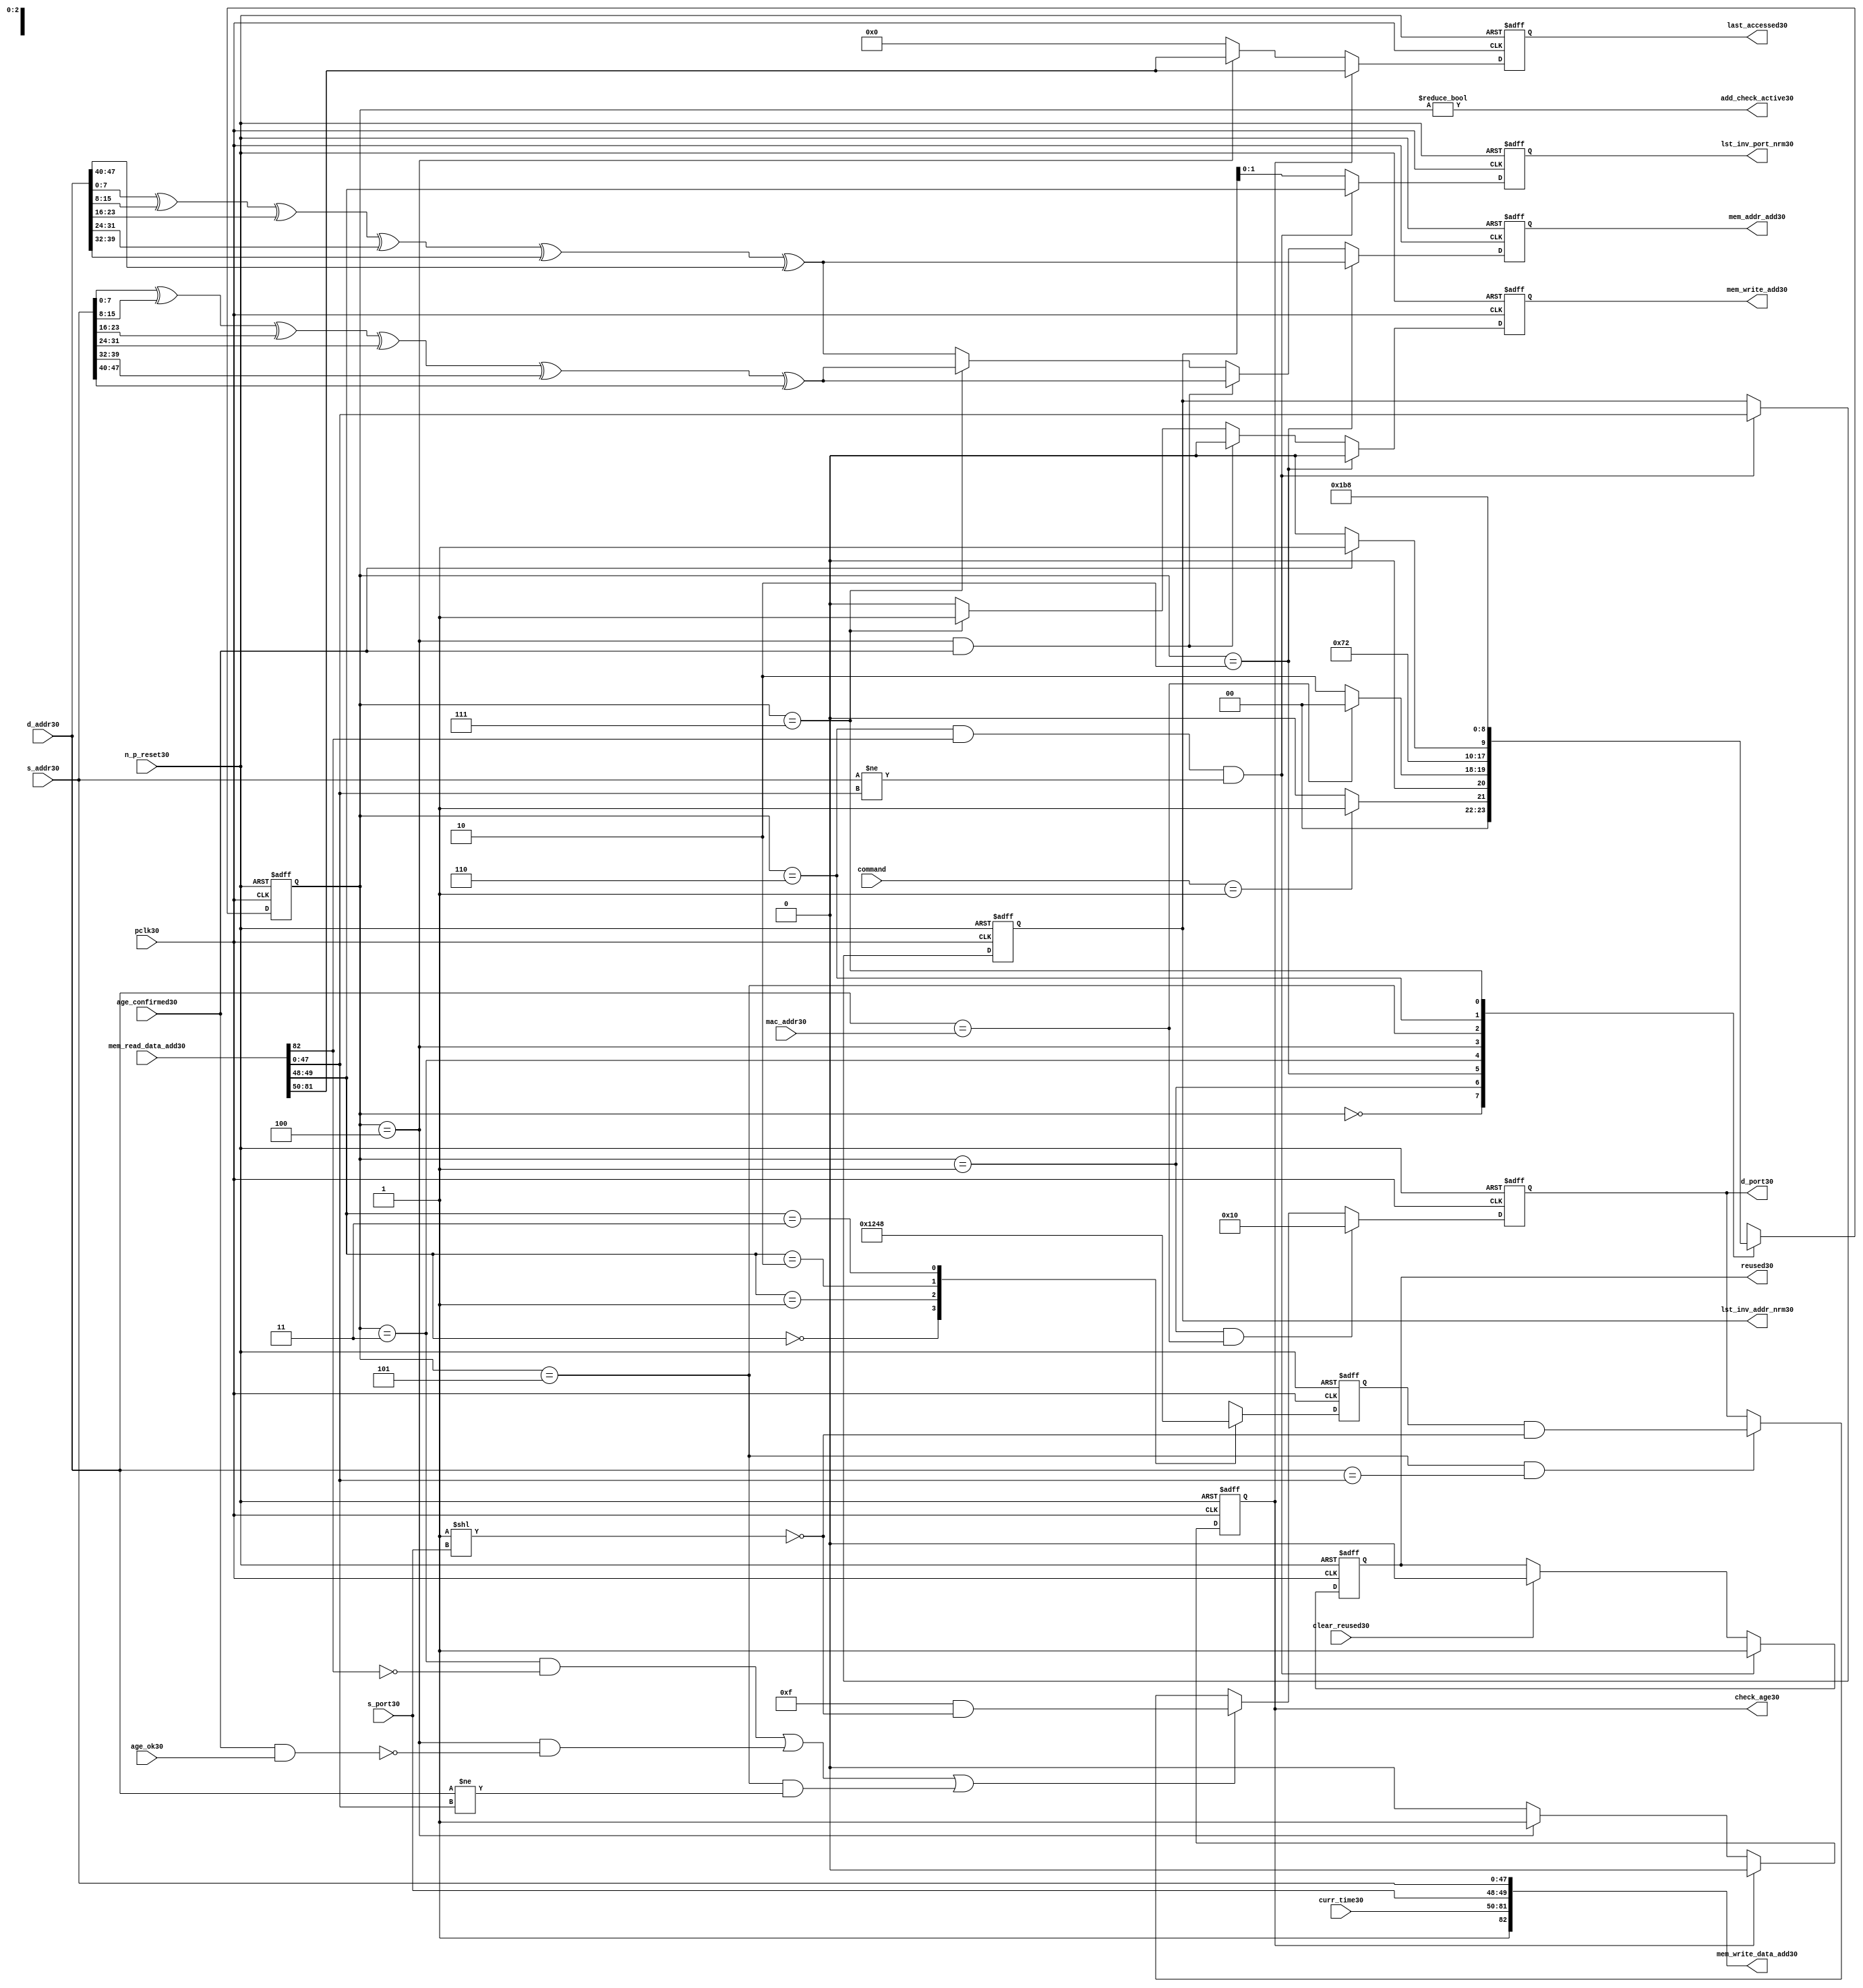
module alut_addr_checker30
(   
   // Inputs30
   pclk30,
   n_p_reset30,
   command,
   mac_addr30,
   d_addr30,
   s_addr30,
   s_port30,
   curr_time30,
   mem_read_data_add30,
   age_confirmed30,
   age_ok30,
   clear_reused30,

   //outputs30
   d_port30,
   add_check_active30,
   mem_addr_add30,
   mem_write_add30,
   mem_write_data_add30,
   lst_inv_addr_nrm30,
   lst_inv_port_nrm30,
   check_age30,
   last_accessed30,
   reused30
);



   input               pclk30;               // APB30 clock30                           
   input               n_p_reset30;          // Reset30                               
   input [1:0]         command;            // command bus                        
   input [47:0]        mac_addr30;           // address of the switch30              
   input [47:0]        d_addr30;             // address of frame30 to be checked30     
   input [47:0]        s_addr30;             // address of frame30 to be stored30      
   input [1:0]         s_port30;             // source30 port of current frame30       
   input [31:0]        curr_time30;          // current time,for storing30 in mem    
   input [82:0]        mem_read_data_add30;  // read data from mem                 
   input               age_confirmed30;      // valid flag30 from age30 checker        
   input               age_ok30;             // result from age30 checker 
   input               clear_reused30;       // read/clear flag30 for reused30 signal30           

   output [4:0]        d_port30;             // calculated30 destination30 port for tx30 
   output              add_check_active30;   // bit 0 of status register           
   output [7:0]        mem_addr_add30;       // hash30 address for R/W30 to memory     
   output              mem_write_add30;      // R/W30 flag30 (write = high30)            
   output [82:0]       mem_write_data_add30; // write data for memory             
   output [47:0]       lst_inv_addr_nrm30;   // last invalidated30 addr normal30 op    
   output [1:0]        lst_inv_port_nrm30;   // last invalidated30 port normal30 op    
   output              check_age30;          // request flag30 for age30 check
   output [31:0]       last_accessed30;      // time field sent30 for age30 check
   output              reused30;             // indicates30 ALUT30 location30 overwritten30

   reg   [2:0]         add_chk_state30;      // current address checker state
   reg   [2:0]         nxt_add_chk_state30;  // current address checker state
   reg   [4:0]         d_port30;             // calculated30 destination30 port for tx30 
   reg   [3:0]         port_mem30;           // bitwise30 conversion30 of 2bit port
   reg   [7:0]         mem_addr_add30;       // hash30 address for R/W30 to memory
   reg                 mem_write_add30;      // R/W30 flag30 (write = high30)            
   reg                 reused30;             // indicates30 ALUT30 location30 overwritten30
   reg   [47:0]        lst_inv_addr_nrm30;   // last invalidated30 addr normal30 op    
   reg   [1:0]         lst_inv_port_nrm30;   // last invalidated30 port normal30 op    
   reg                 check_age30;          // request flag30 for age30 checker
   reg   [31:0]        last_accessed30;      // time field sent30 for age30 check


   wire   [7:0]        s_addr_hash30;        // hash30 of address for storing30
   wire   [7:0]        d_addr_hash30;        // hash30 of address for checking
   wire   [82:0]       mem_write_data_add30; // write data for memory  
   wire                add_check_active30;   // bit 0 of status register           


// Parameters30 for Address Checking30 FSM30 states30
   parameter idle30           = 3'b000;
   parameter mac_addr_chk30   = 3'b001;
   parameter read_dest_add30  = 3'b010;
   parameter valid_chk30      = 3'b011;
   parameter age_chk30        = 3'b100;
   parameter addr_chk30       = 3'b101;
   parameter read_src_add30   = 3'b110;
   parameter write_src30      = 3'b111;


// -----------------------------------------------------------------------------
//   Hash30 conversion30 of source30 and destination30 addresses30
// -----------------------------------------------------------------------------
   assign s_addr_hash30 = s_addr30[7:0] ^ s_addr30[15:8] ^ s_addr30[23:16] ^
                        s_addr30[31:24] ^ s_addr30[39:32] ^ s_addr30[47:40];

   assign d_addr_hash30 = d_addr30[7:0] ^ d_addr30[15:8] ^ d_addr30[23:16] ^
                        d_addr30[31:24] ^ d_addr30[39:32] ^ d_addr30[47:40];



// -----------------------------------------------------------------------------
//   State30 Machine30 For30 handling30 the destination30 address checking process and
//   and storing30 of new source30 address and port values.
// -----------------------------------------------------------------------------
always @ (command or add_chk_state30 or age_confirmed30 or age_ok30)
   begin
      case (add_chk_state30)
      
      idle30:
         if (command == 2'b01)
            nxt_add_chk_state30 = mac_addr_chk30;
         else
            nxt_add_chk_state30 = idle30;

      mac_addr_chk30:   // check if destination30 address match MAC30 switch30 address
         if (d_addr30 == mac_addr30)
            nxt_add_chk_state30 = idle30;  // return dest30 port as 5'b1_0000
         else
            nxt_add_chk_state30 = read_dest_add30;

      read_dest_add30:       // read data from memory using hash30 of destination30 address
            nxt_add_chk_state30 = valid_chk30;

      valid_chk30:      // check if read data had30 valid bit set
         nxt_add_chk_state30 = age_chk30;

      age_chk30:        // request age30 checker to check if still in date30
         if (age_confirmed30)
            nxt_add_chk_state30 = addr_chk30;
         else
            nxt_add_chk_state30 = age_chk30; 

      addr_chk30:       // perform30 compare between dest30 and read addresses30
            nxt_add_chk_state30 = read_src_add30; // return read port from ALUT30 mem

      read_src_add30:   // read from memory location30 about30 to be overwritten30
            nxt_add_chk_state30 = write_src30; 

      write_src30:      // write new source30 data (addr and port) to memory
            nxt_add_chk_state30 = idle30; 

      default:
            nxt_add_chk_state30 = idle30;
      endcase
   end


// destination30 check FSM30 current state
always @ (posedge pclk30 or negedge n_p_reset30)
   begin
   if (~n_p_reset30)
      add_chk_state30 <= idle30;
   else
      add_chk_state30 <= nxt_add_chk_state30;
   end



// -----------------------------------------------------------------------------
//   Generate30 returned value of port for sending30 new frame30 to
// -----------------------------------------------------------------------------
always @ (posedge pclk30 or negedge n_p_reset30)
   begin
   if (~n_p_reset30)
      d_port30 <= 5'b0_1111;
   else if ((add_chk_state30 == mac_addr_chk30) & (d_addr30 == mac_addr30))
      d_port30 <= 5'b1_0000;
   else if (((add_chk_state30 == valid_chk30) & ~mem_read_data_add30[82]) |
            ((add_chk_state30 == age_chk30) & ~(age_confirmed30 & age_ok30)) |
            ((add_chk_state30 == addr_chk30) & (d_addr30 != mem_read_data_add30[47:0])))
      d_port30 <= 5'b0_1111 & ~( 1 << s_port30 );
   else if ((add_chk_state30 == addr_chk30) & (d_addr30 == mem_read_data_add30[47:0]))
      d_port30 <= {1'b0, port_mem30} & ~( 1 << s_port30 );
   else
      d_port30 <= d_port30;
   end


// -----------------------------------------------------------------------------
//   convert read port source30 value from 2bits to bitwise30 4 bits
// -----------------------------------------------------------------------------
always @ (posedge pclk30 or negedge n_p_reset30)
   begin
   if (~n_p_reset30)
      port_mem30 <= 4'b1111;
   else begin
      case (mem_read_data_add30[49:48])
         2'b00: port_mem30 <= 4'b0001;
         2'b01: port_mem30 <= 4'b0010;
         2'b10: port_mem30 <= 4'b0100;
         2'b11: port_mem30 <= 4'b1000;
      endcase
   end
   end
   


// -----------------------------------------------------------------------------
//   Set active bit of status, decoded30 off30 add_chk_state30
// -----------------------------------------------------------------------------
assign add_check_active30 = (add_chk_state30 != 3'b000);


// -----------------------------------------------------------------------------
//   Generate30 memory addressing30 signals30.
//   The check address command will be taken30 as the indication30 from SW30 that the 
//   source30 fields (address and port) can be written30 to memory. 
// -----------------------------------------------------------------------------
always @ (posedge pclk30 or negedge n_p_reset30)
   begin
   if (~n_p_reset30) 
   begin
       mem_write_add30 <= 1'b0;
       mem_addr_add30  <= 8'd0;
   end
   else if (add_chk_state30 == read_dest_add30)
   begin
       mem_write_add30 <= 1'b0;
       mem_addr_add30  <= d_addr_hash30;
   end
// Need30 to set address two30 cycles30 before check
   else if ( (add_chk_state30 == age_chk30) && age_confirmed30 )
   begin
       mem_write_add30 <= 1'b0;
       mem_addr_add30  <= s_addr_hash30;
   end
   else if (add_chk_state30 == write_src30)
   begin
       mem_write_add30 <= 1'b1;
       mem_addr_add30  <= s_addr_hash30;
   end
   else
   begin
       mem_write_add30 <= 1'b0;
       mem_addr_add30  <= d_addr_hash30;
   end
   end


// -----------------------------------------------------------------------------
//   Generate30 databus30 for writing to memory
//   Data written30 to memory from address checker will always be valid
// -----------------------------------------------------------------------------
assign mem_write_data_add30 = {1'b1, curr_time30, s_port30, s_addr30};



// -----------------------------------------------------------------------------
//   Evaluate30 read back data that is about30 to be overwritten30 with new source30 
//   address and port values. Decide30 whether30 the reused30 flag30 must be set and
//   last_inval30 address and port values updated.
//   reused30 needs30 to be implemented as read and clear
// -----------------------------------------------------------------------------
always @ (posedge pclk30 or negedge n_p_reset30)
   begin
   if (~n_p_reset30) 
   begin
      reused30 <= 1'b0;
      lst_inv_addr_nrm30 <= 48'd0;
      lst_inv_port_nrm30 <= 2'd0;
   end
   else if ((add_chk_state30 == read_src_add30) & mem_read_data_add30[82] &
            (s_addr30 != mem_read_data_add30[47:0]))
   begin
      reused30 <= 1'b1;
      lst_inv_addr_nrm30 <= mem_read_data_add30[47:0];
      lst_inv_port_nrm30 <= mem_read_data_add30[49:48];
   end
   else if (clear_reused30)
   begin
      reused30 <= 1'b0;
      lst_inv_addr_nrm30 <= lst_inv_addr_nrm30;
      lst_inv_port_nrm30 <= lst_inv_addr_nrm30;
   end
   else 
   begin
      reused30 <= reused30;
      lst_inv_addr_nrm30 <= lst_inv_addr_nrm30;
      lst_inv_port_nrm30 <= lst_inv_addr_nrm30;
   end
   end


// -----------------------------------------------------------------------------
//   Generate30 signals30 for age30 checker to perform30 in-date30 check
// -----------------------------------------------------------------------------
always @ (posedge pclk30 or negedge n_p_reset30)
   begin
   if (~n_p_reset30) 
   begin
      check_age30 <= 1'b0;  
      last_accessed30 <= 32'd0;
   end
   else if (check_age30)
   begin
      check_age30 <= 1'b0;  
      last_accessed30 <= mem_read_data_add30[81:50];
   end
   else if (add_chk_state30 == age_chk30)
   begin
      check_age30 <= 1'b1;  
      last_accessed30 <= mem_read_data_add30[81:50];
   end
   else 
   begin
      check_age30 <= 1'b0;  
      last_accessed30 <= 32'd0;
   end
   end


`ifdef ABV_ON30

// psl30 default clock30 = (posedge pclk30);

// ASSERTION30 CHECKS30
/* Commented30 out as also checking in toplevel30
// it should never be possible30 for the destination30 port to indicate30 the MAC30
// switch30 address and one of the other 4 Ethernets30
// psl30 assert_valid_dest_port30 : assert never (d_port30[4] & |{d_port30[3:0]});


// COVER30 SANITY30 CHECKS30
// check all values of destination30 port can be returned.
// psl30 cover_d_port_030 : cover { d_port30 == 5'b0_0001 };
// psl30 cover_d_port_130 : cover { d_port30 == 5'b0_0010 };
// psl30 cover_d_port_230 : cover { d_port30 == 5'b0_0100 };
// psl30 cover_d_port_330 : cover { d_port30 == 5'b0_1000 };
// psl30 cover_d_port_430 : cover { d_port30 == 5'b1_0000 };
// psl30 cover_d_port_all30 : cover { d_port30 == 5'b0_1111 };
*/
`endif


endmodule